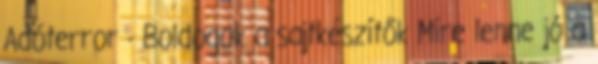
Adóterror - Boldogok a sajtkészítők Mire lenne jó a